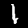
Label: 1